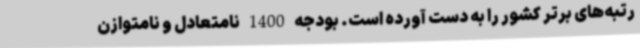
رتبه‌های برتر کشور را به دست آورده است. بودجه 1400 نامتعادل و نامتوازن